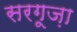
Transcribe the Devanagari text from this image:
सरगूज़ा